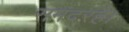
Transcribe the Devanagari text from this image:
समंदरहै।